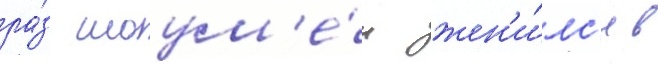
ра́з шоум'е́н жен'и́лс'я в